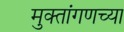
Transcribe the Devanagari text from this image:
मुक्तांगणच्या